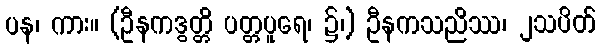
ပန၊ ကား။ (ဦနကဒွတ္တိ ပတ္တပူရေ၊ ၌၊) ဦနကသညိဿ၊ ၂သပိတ်